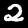
Digit: 2